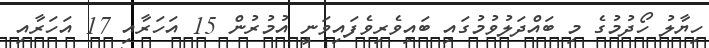
ހިޔާލު ހޯދުމުގެ މި ބައްދަލުވުމުގައި ބައިވެރިވެފައިވަނީ އުމުރުން 15 އަހަރާއި 17 އަހަރާއި